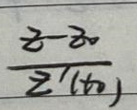
$\frac{t - t_0}{t(\ln)}$